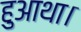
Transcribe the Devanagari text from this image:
हुआथा।